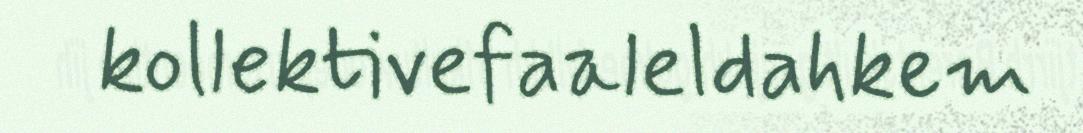
kollektivefaaleldahkem